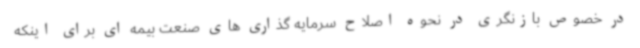
در خصوص بازنگری در نحوه اصلاح سرمایه گذاری های صنعت بیمه ای برای اینکه